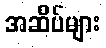
အဆိပ်များ